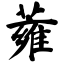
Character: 蕹